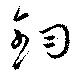
鈞